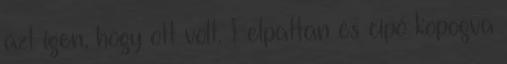
azt igen, hogy ott volt. Felpattan és cipő kopogva